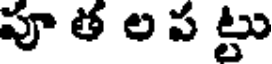
పూ త ల ప ట్టు